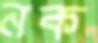
নক